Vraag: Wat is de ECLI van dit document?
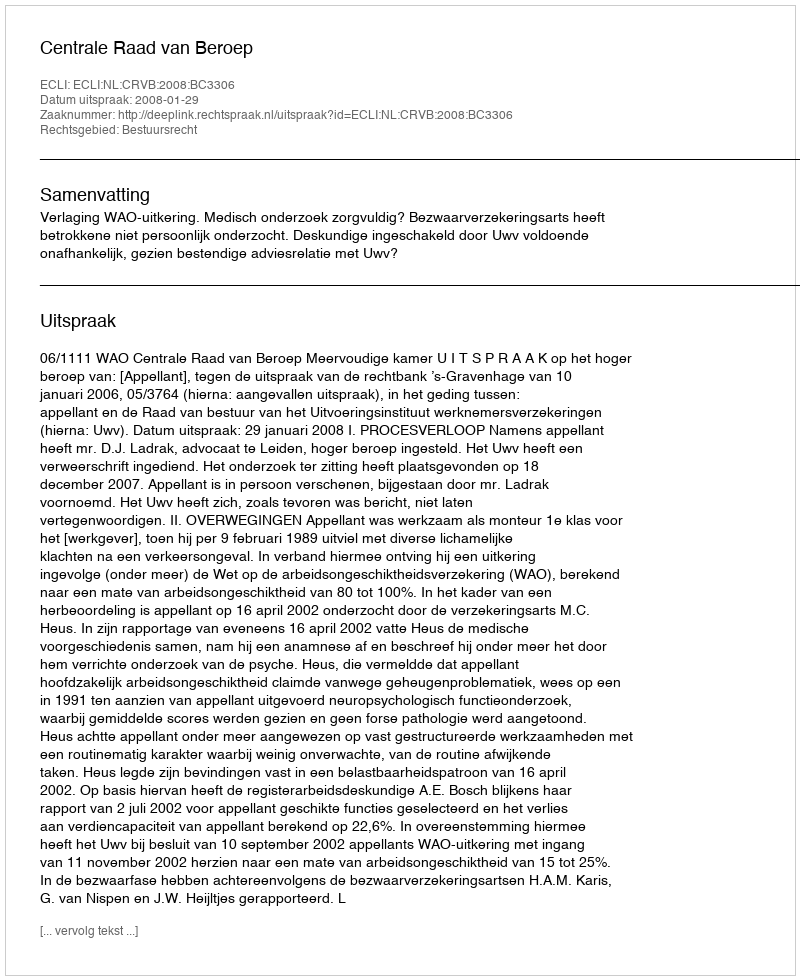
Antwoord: ECLI:NL:CRVB:2008:BC3306